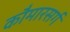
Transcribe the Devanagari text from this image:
कौमारसर्ग